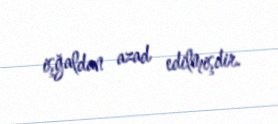
işğaldan azad edilmişdir.